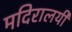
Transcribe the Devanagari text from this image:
मदिरालयी